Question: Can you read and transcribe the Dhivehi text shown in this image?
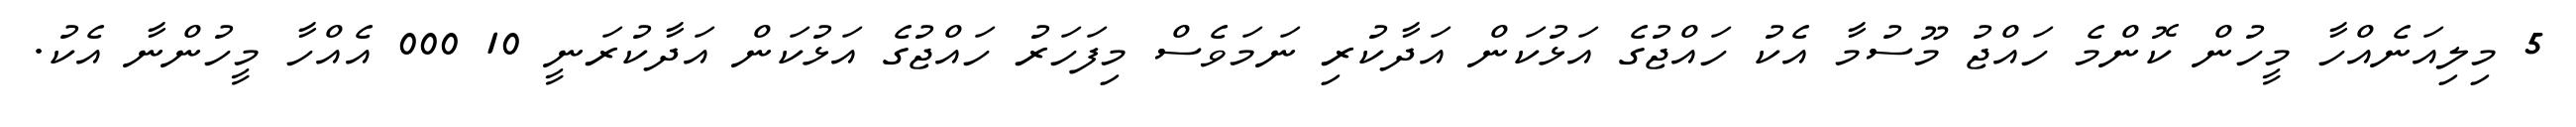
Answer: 5 މިލިއަނެއްހާ މީހުން ކޮންމެ ހައްޖު މޫސުމާ އެކު ހައްޖުގެ އަޅުކަން އަދާކުރި ނަމަވެސް މިފަހަރު ހައްޖުގެ އަޅުކަން އަދާކުރަނީ 10 000 އެއްހާ މީހުންނާ އެކު.